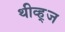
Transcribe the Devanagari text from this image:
थीव्ह्‌ज